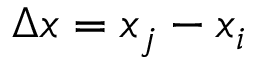
\Delta x = x _ { j } - x _ { i }